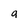
Character: a